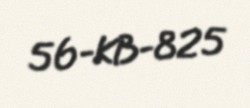
56-KB-825